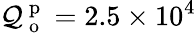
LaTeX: \mathcal{Q}_{\mathrm{{~o~}}}^{\mathrm{{~p~}}}=2.5\times10^{4}